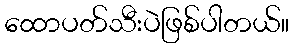
ထောပတ်သီးပဲဖြစ်ပါတယ်။